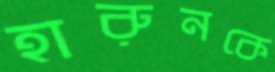
হারুনকে